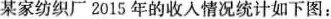
某家纺织厂2015年的收人情况统计如下图：